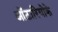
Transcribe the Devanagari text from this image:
ओंटारियोके